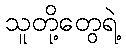
သူတို့တွေရဲ့